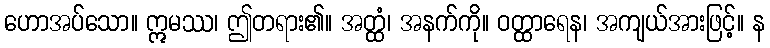
ဟောအပ်သော။ ဣမဿ၊ ဤတရား၏။ အတ္ထံ၊ အနက်ကို။ ဝတ္ထာရေန၊ အကျယ်အားဖြင့်။ န